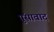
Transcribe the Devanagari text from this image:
पुंसावाद